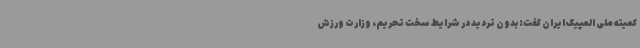
کمیته ملی المپیک ایران گفت: بدون تردید در شرایط سخت تحریم، وزارت ورزش